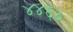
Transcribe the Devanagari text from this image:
४४६०